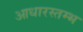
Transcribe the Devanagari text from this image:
आधारस्तम्भ